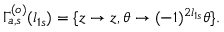
\Gamma _ { a , s } ^ { ( o ) } ( l _ { 1 s } ) = \{ z \rightarrow z , \theta \rightarrow ( - 1 ) ^ { 2 l _ { 1 s } } \theta \} .